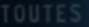
TOUTES